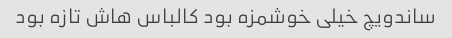
ساندویچ خیلی خوشمزه بود کالباس هاش تازه بود